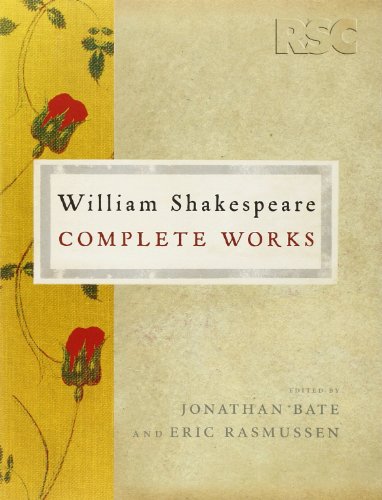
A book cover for The RSC Shakespeare: The Complete Works; William Shakespeare; Literature & Fiction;